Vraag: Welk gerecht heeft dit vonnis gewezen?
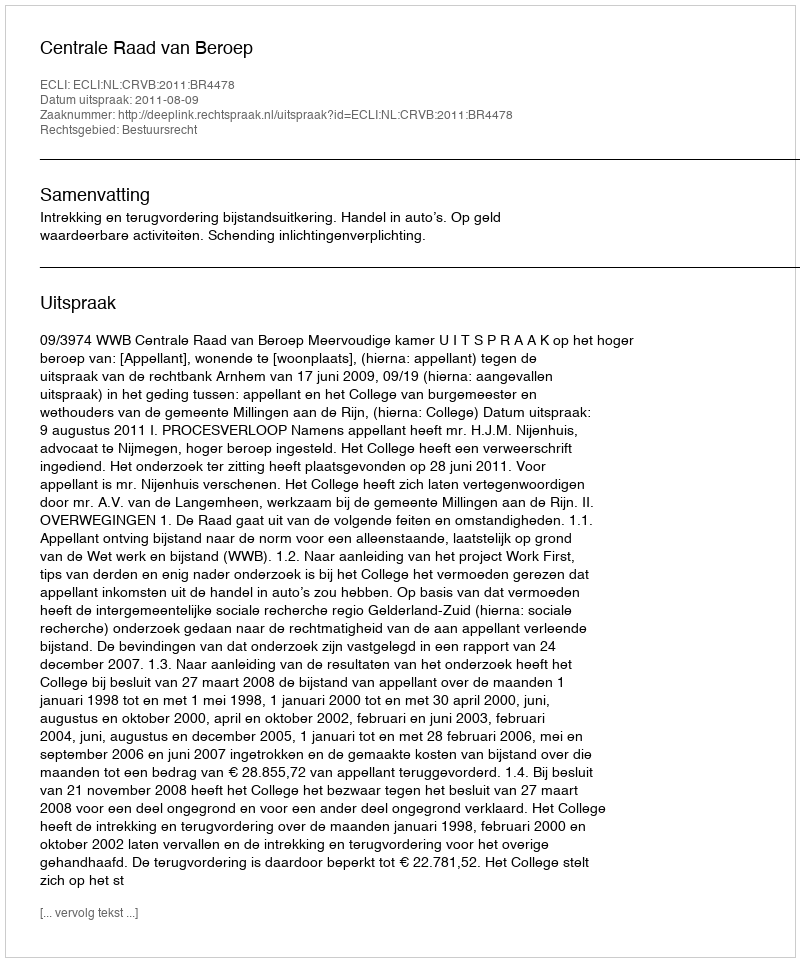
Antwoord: Centrale Raad van Beroep